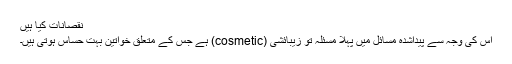
نقصانات کیا ہیں
اس کی وجہ سے پیداشدہ مسائل میں پہلا مسئلہ تو زیبائشی (cosmetic) ہے جس کے متعلق خواتین بہت حساس ہوتی ہیں۔